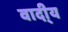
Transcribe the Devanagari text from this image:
वादी्य